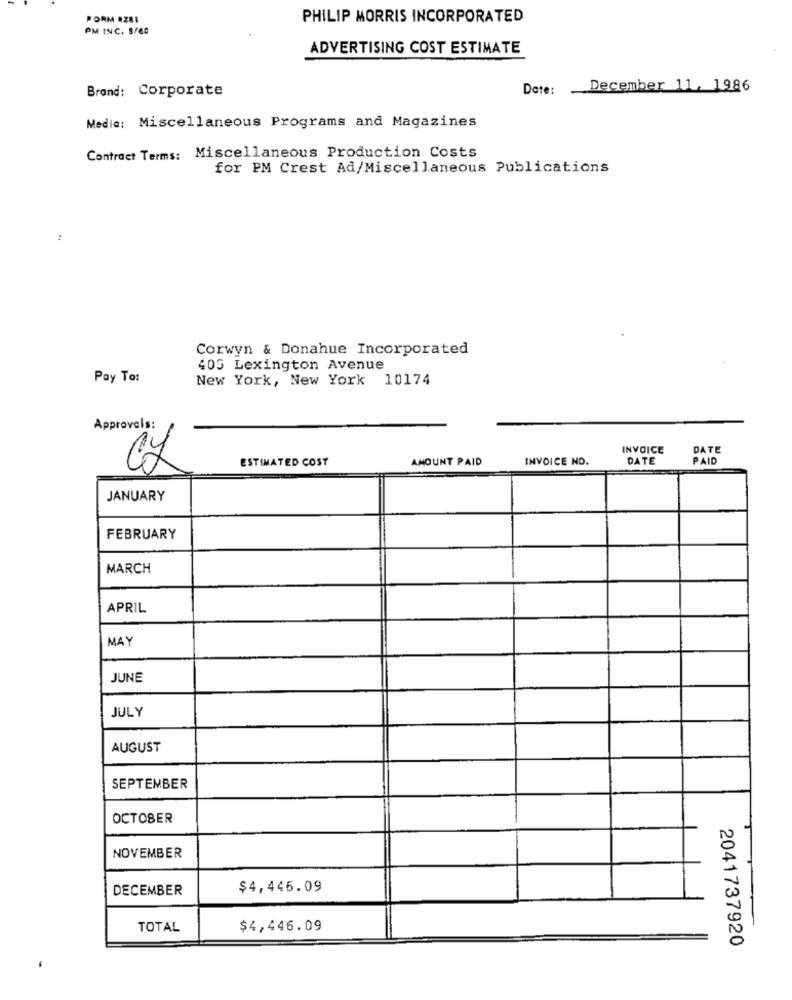
PORM 4281
PHILIP MORRIS INCORPORATED
PM INC. 5/60
ADVERTISING COST ESTIMATE
Brand: Corporate
Date:
December 11, 1986
Media: Miscellaneous Programs and Magazines
Contract Terms: Miscellaneous Production Costs
for PM Crest Ad/Miscellaneous Publications
Corwyn & Donahue Incorporated
405 Lexington Avenue
Pay To:
New York, New York 10174
Approvals:
INVOICE
DATE
ESTIMATED COST
AMOUNT PAID
INVOICE NO.
DATE
PAID
JANUARY
FEBRUARY
MARCH
APRIL
MAY
JUNE
JULY
AUGUST
SEPTEMBER
OCTOBER
NOVEMBER
DECEMBER
$4,446.09
TOTAL
$4,446.09
2041737920